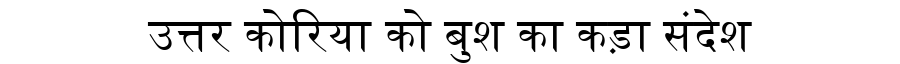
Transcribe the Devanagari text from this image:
उत्तर कोरिया को बुश का कड़ा संदेश